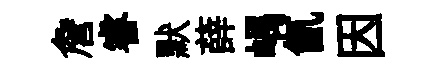
詹睿默薛嵎氤因